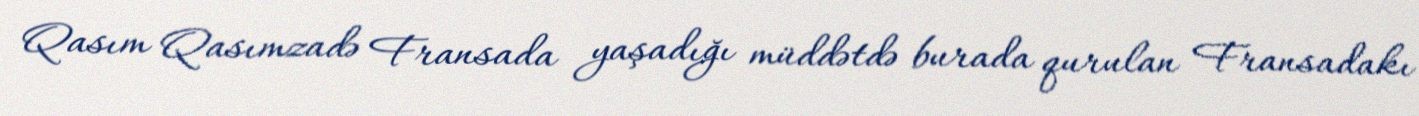
Qasım Qasımzadə Fransada yaşadığı müddətdə burada qurulan Fransadakı